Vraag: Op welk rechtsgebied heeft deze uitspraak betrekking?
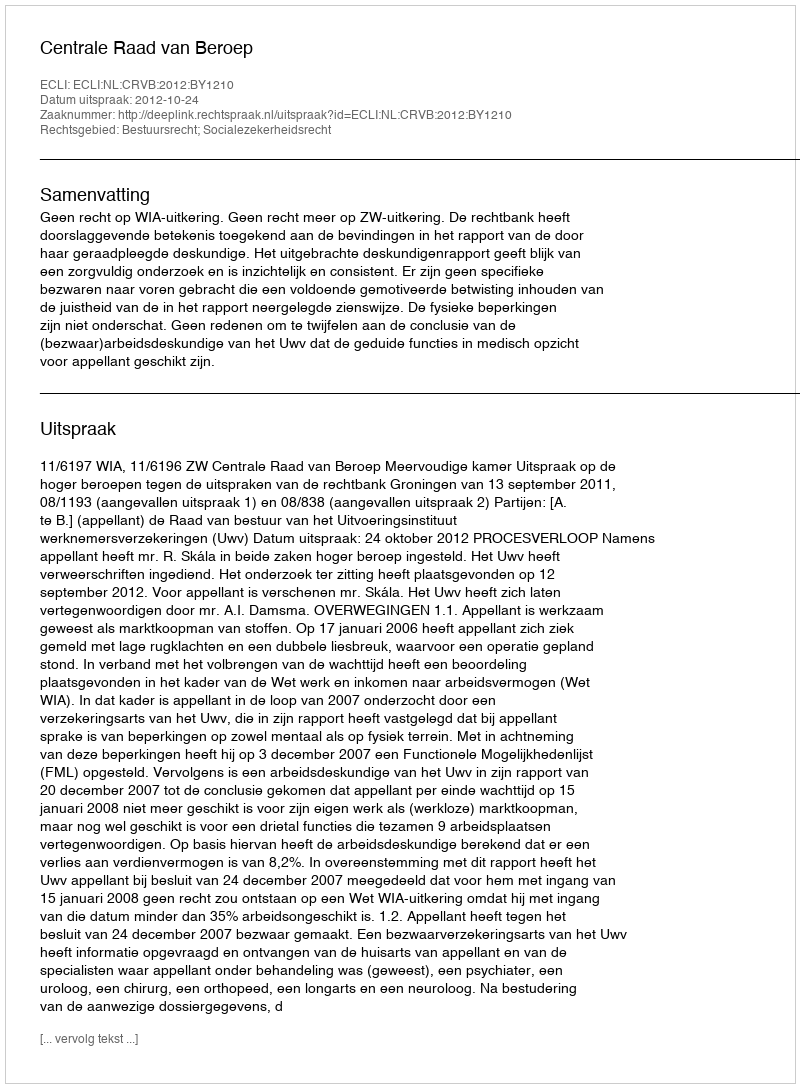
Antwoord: Bestuursrecht; Socialezekerheidsrecht